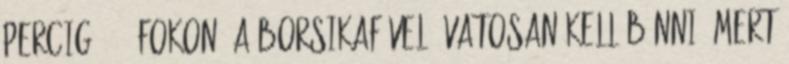
percig, 180 fokon. A borsikafűvel óvatosan kell bánni, mert